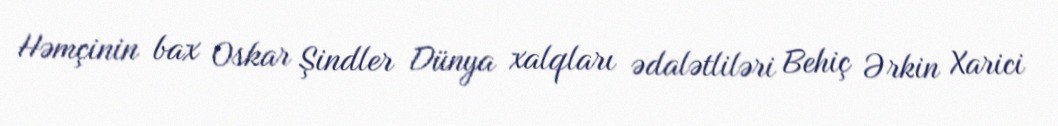
Həmçinin bax Oskar Şindler Dünya xalqları ədalətliləri Behiç Ərkin Xarici